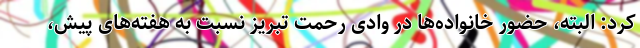
کرد: البته، حضور خانواده‌ها در وادی رحمت تبریز نسبت به هفته‌های پیش،